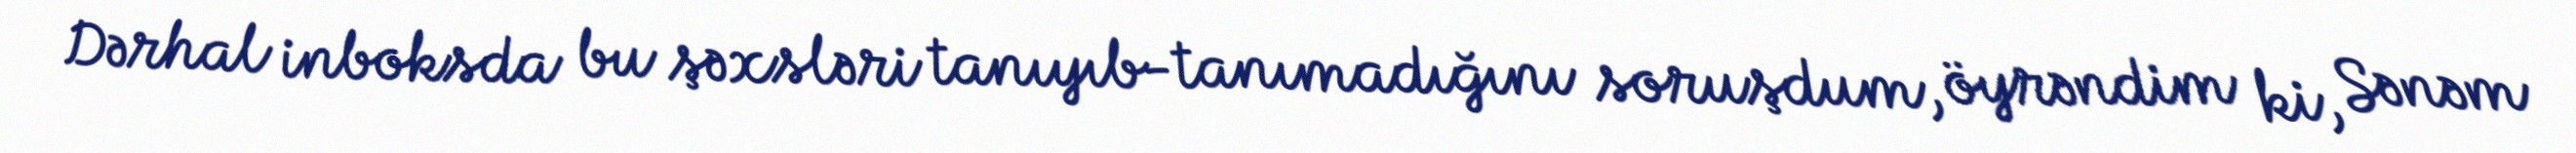
Dərhal inboksda bu şəxsləri tanıyıb-tanımadığını soruşdum, öyrəndim ki, Sənəm